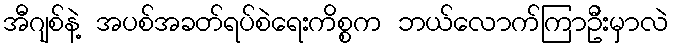
အီဂျစ်နဲ့ အပစ်အခတ်ရပ်စဲရေးကိစ္စက ဘယ်လောက်ကြာဦးမှာလဲ